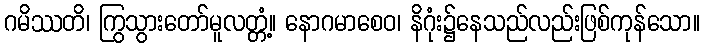
ဂမိဿတိ၊ ကြွသွားတော်မူလတ္တံ့။ နောဂမာစေဝ၊ နိဂုံး၌နေသည်လည်းဖြစ်ကုန်သော။